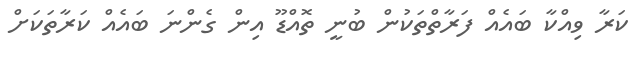
ކަރާ ވިއްކާ ބައެއް ފަރާތްތަކުން ބުނީ ތޮއްޑޫ އިން ގެންނަ ބައެއް ކަރާތަކަށް